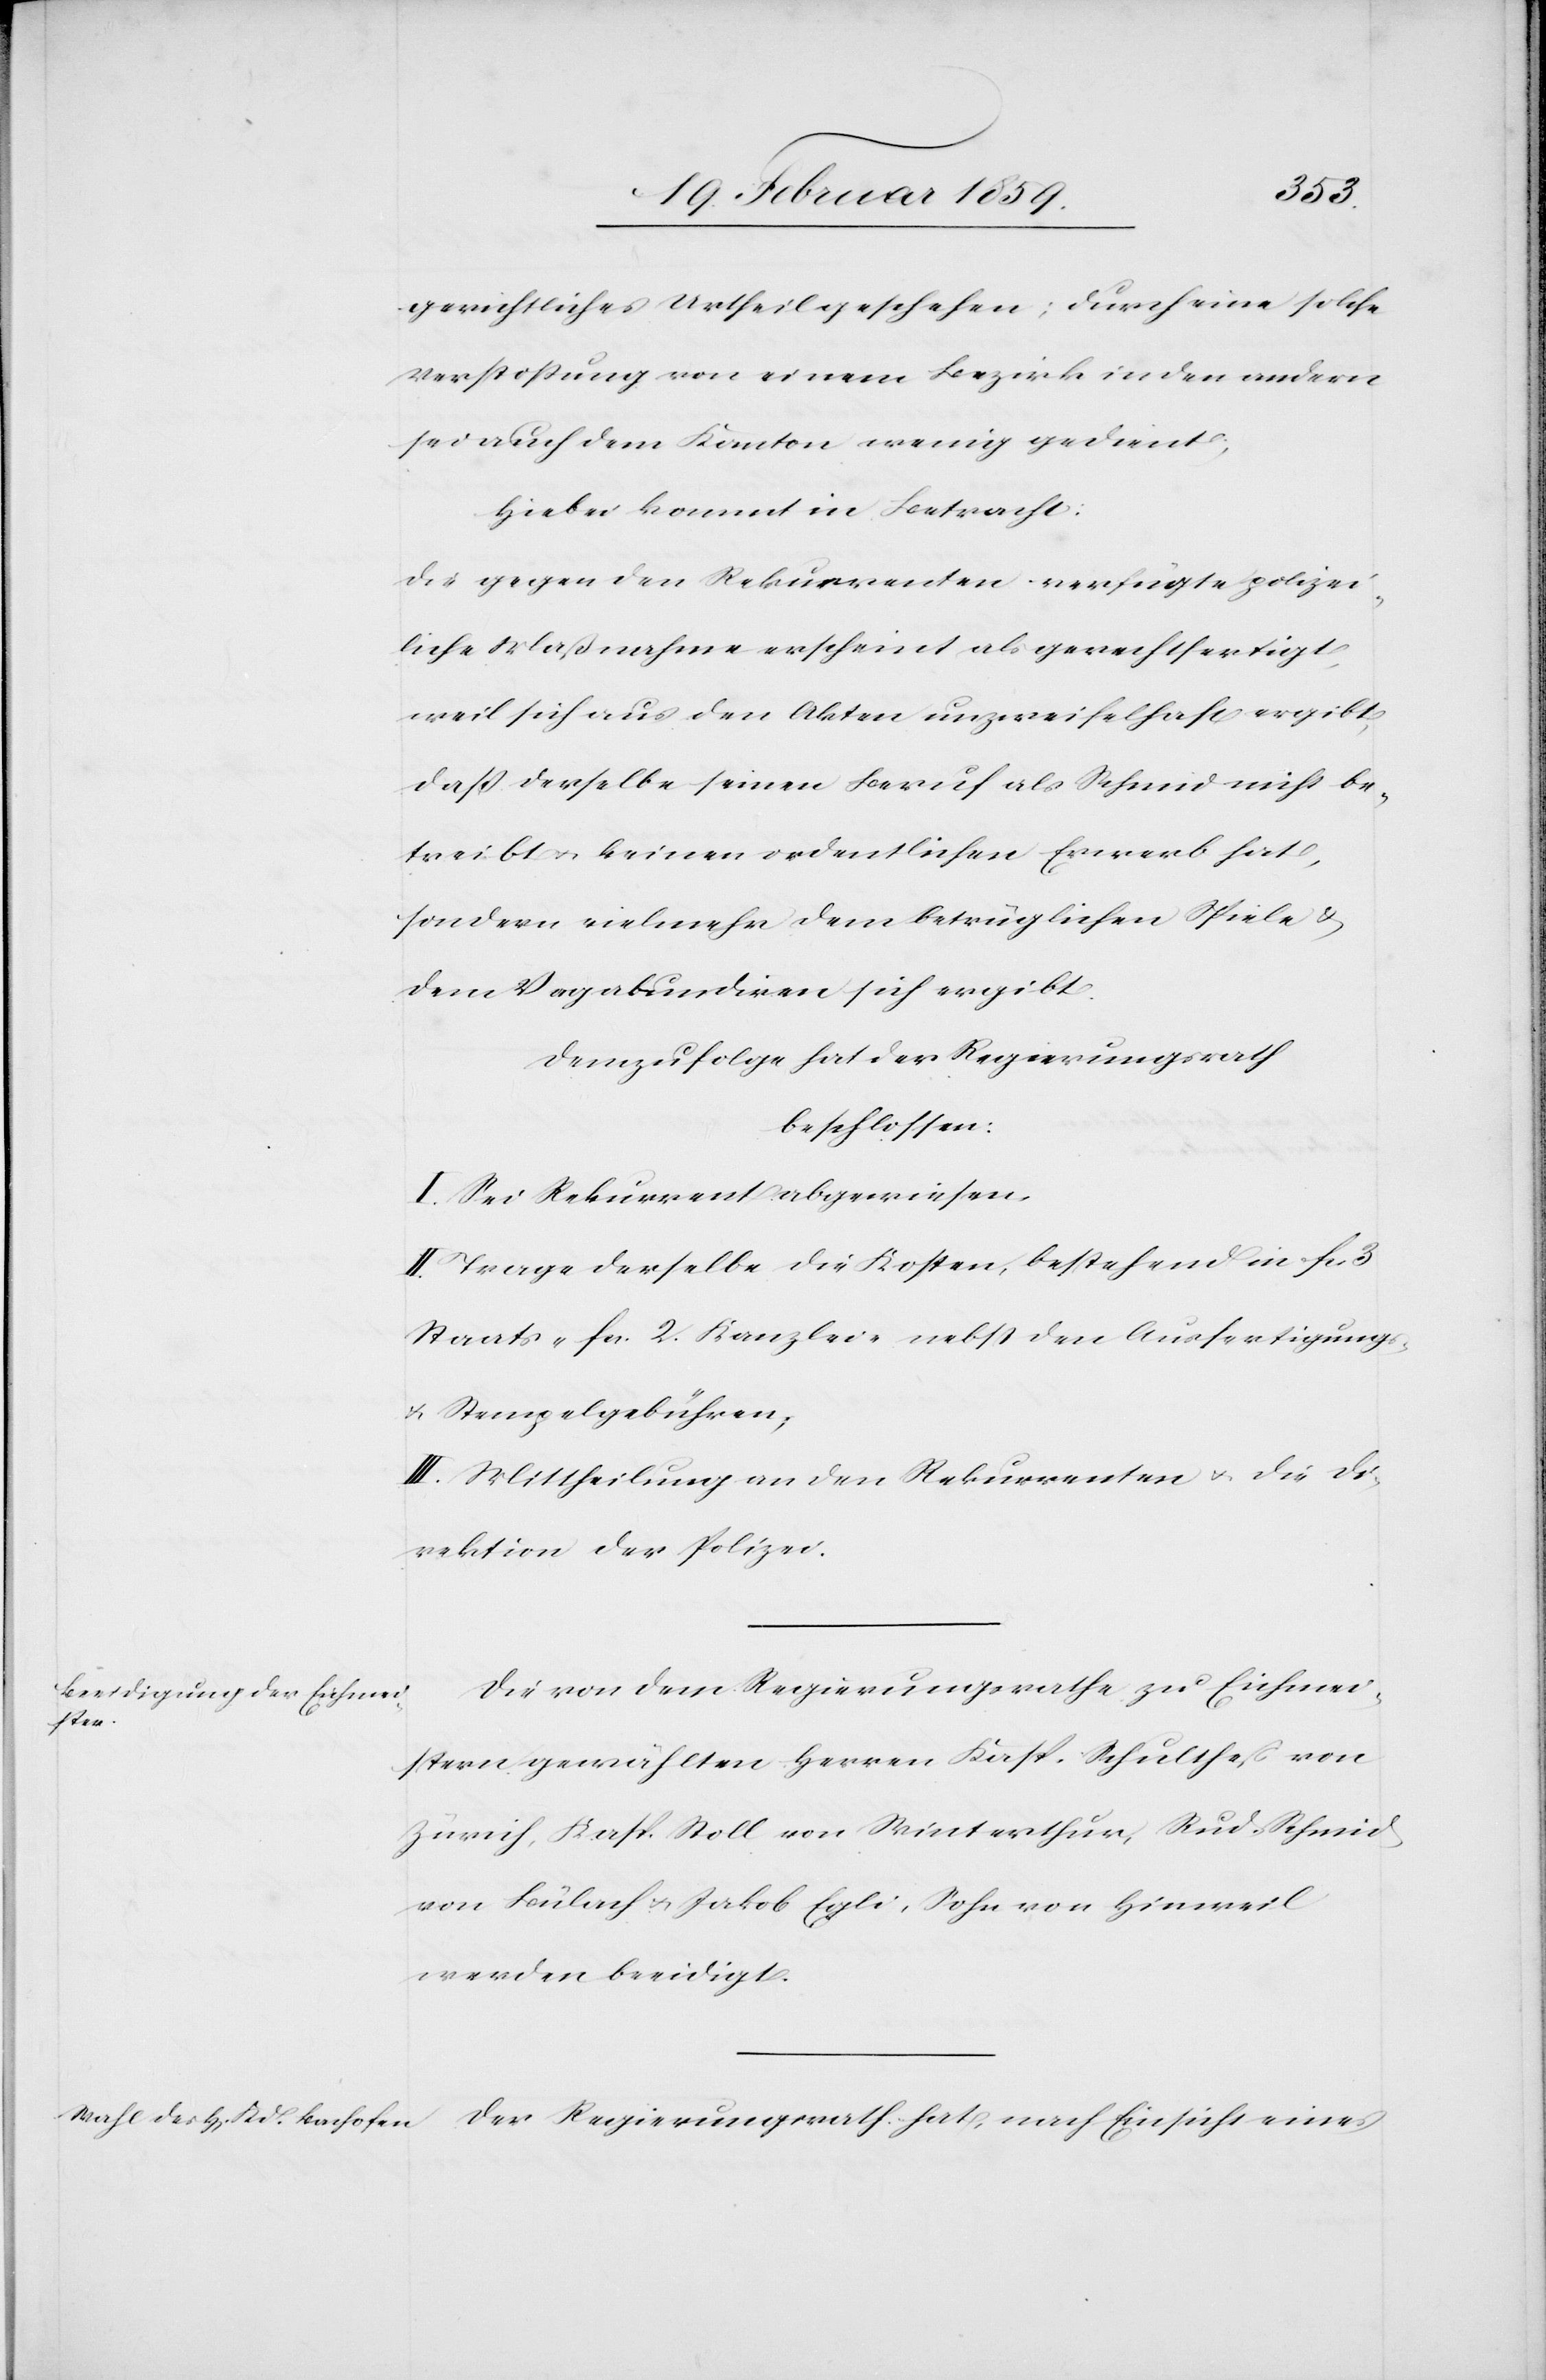
gerichtliches Urtheil geschehen; durch eine solche
Verstoßung von einem Bezirk in den Andern
sei auch dem Kanton wenig gedient;
Hiebei kommt in Betracht:
die gegen den Rekurrenten verfügte polizei¬
liche Maßnahme erscheint als gerechtfertigt,
weil sich aus den Akten unzweifelhaft ergibt,
daß derselbe seinen Beruf als Schmid nicht be¬
treibt u. keinen ordentlichen Erwerb hat,
sondern vielmehr dem betrüglichen Spiele &
dem Vagabundiren sich ergibt.
Demzufolge hat der Regierungsrath
beschlossen:
I. Sei Rekurrent abgewiesen.
II. Trage derselbe die Kosten, bestehend in fcs.
Staats-[,] fcs. 2. Kanzlei-[,] nebst den Ausfertigungs-
u. Stempelgebühren;
III. Mittheilung an den Rekurrenten u. die Di¬
rektion der Polizei.
Die von dem Regierungsrathe zu Eichmei¬
stern gewählten Herren Kasp. Schultheß von
Zürich, Kasp. Stoll von Winterthur, Rud. Schmid
von Bülach u. Jakob Egli, Sohn von Hinweil
werden beeidigt.
Der Regierungsrath hat, nach Einsicht eines